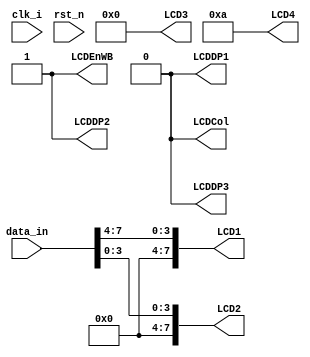
// --------------------------------------------------------------------
// >>>>>>>>>>>>>>>>>>>>>>>>> COPYRIGHT NOTICE <<<<<<<<<<<<<<<<<<<<<<<<<
// --------------------------------------------------------------------
// Copyright (c) 2001 - 2008 by Lattice Semiconductor Corporation  
// --------------------------------------------------------------------  
//  
// Permission:                    
//
// Lattice Semiconductor grants permission to use this code for use
// in synthesis for any Lattice programmable logic product. Other
// use of this code, including the selling or duplication of any
// portion is strictly prohibited.
//
// Disclaimer:
//
// This VHDL or Verilog source code is intended as a design reference
// which illustrates how these types of functions can be implemented.
// It is the user's responsibility to verify their design for
// consistency and functionality through the use of formal
// verification methods. Lattice Semiconductor provides no warranty
// regarding the use or functionality of this code.
//
// --------------------------------------------------------------------
//
// Lattice Semiconductor Corporation
// 5555 NE Moore Court
// Hillsboro, OR 97214
// U.S.A
//
// TEL: 1-800-Lattice (USA and Canada)
// 503-268-8001 (other locations)
//
// web: http://www.latticesemi.com/
//  
// --------------------------------------------------------------------
// Code Revision History :
// --------------------------------------------------------------------
// Ver: | Author |Mod. Date |Changes Made:
// V1.0 | C.W.   |3/31/11    |Initial ver
//  
// --------------------------------------------------------------------

//`include "timescale.v"
module display (
	input clk_i,
	input rst_n,
	input [7:0] data_in,
	output reg [7:0] LCD1,
	output reg [7:0] LCD2,
	output reg [7:0] LCD3,
	output reg [7:0] LCD4,
	output reg LCDDP1,   
	output reg LCDDP2,   
	output reg LCDDP3,   
	output reg LCDCol,   
	output reg LCDEnWB   
	);
  
  reg [25:0] count;
  always@ (posedge clk_i)
    count <= count + 1 ;
  
  
	always@( * ) begin
			LCD1 <= {4'h0, data_in[7:4]} ; //8'h0A ;//8'h19; //P count[25] ; //
			LCD2 <= {4'h0, data_in[3:0]} ; //8'h0A ;//8'h12; //I count[24] ; //
			LCD3 <= 8'h00                ; //8'h0A ;//8'h0C; //C count[23] ; //
			LCD4 <= 8'h0A                ; //8'h0A ;//8'h18; //O count[22] ; //
			LCDDP1 <= 0;
			LCDDP2 <= 1;
			LCDDP3 <= 0;
			LCDCol <= 0;
			LCDEnWB <= 1;

	end
    
endmodule